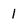
Character: l